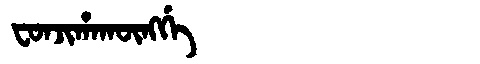
Manchu: ᠸᠣᠨᠵᡳᡥᠠᡴᡡᠩᡤᡝ
Romanization: FONJIHAKŪNGGE